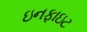
ઇનફાઇટ